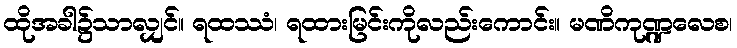
ထိုအခါ၌သာလျှင်။ ရထဿံ၊ ရထားမြင်းကိုလည်းကောင်း။ မဏိကုဏ္ဍလေစ၊